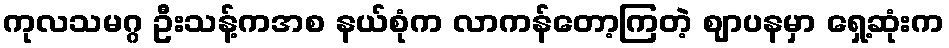
ကုလသမဂ္ဂ ဦးသန့်ကအစ နယ်စုံက လာကန်တော့ကြတဲ့ ဈာပနမှာ ရှေ့ဆုံးက